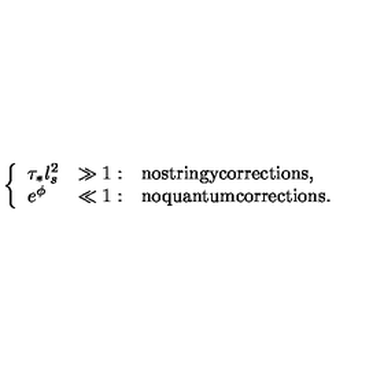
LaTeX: \left\{ \begin{array} { l l l } { \tau _ { * } l _ { s } ^ { 2 } } & { \gg 1 : } & { \mathrm { n o s t r i n g y c o r r e c t i o n s , } } \\ { e ^ { \phi } } & { \ll 1 : } & { \mathrm { n o q u a n t u m c o r r e c t i o n s . } } \\ \end{array} \right.